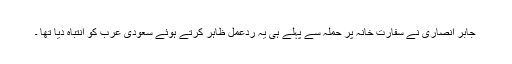
جابر انصاری نے سفارت خانہ پر حملہ سے پہلے ہی یہ ردعمل ظاہر کرتے ہوئے سعودی عرب کو انتباہ دیا تھا ۔